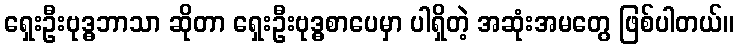
ရှေးဦးဗုဒ္ဓဘာသာ ဆိုတာ ရှေးဦးဗုဒ္ဓစာပေမှာ ပါရှိတဲ့ အဆုံးအမတွေ ဖြစ်ပါတယ်။